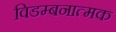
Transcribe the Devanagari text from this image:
विडम्बनात्मक